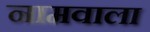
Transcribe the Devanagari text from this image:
नामवाला